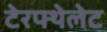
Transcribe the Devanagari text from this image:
टेरफ्थेलेट